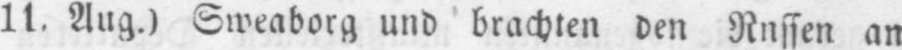
11. Aug.) Sweaborg und brachten den Russen an